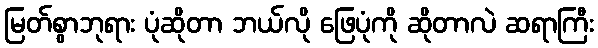
မြတ်စွာဘုရား ပုံဆိုတာ ဘယ်လို ဖြေပုံကို ဆိုတာလဲ ဆရာကြီး